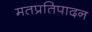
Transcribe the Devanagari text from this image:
मतप्रतिपादन